Annual administration and progress report of the Indian Medical Department, Bombay
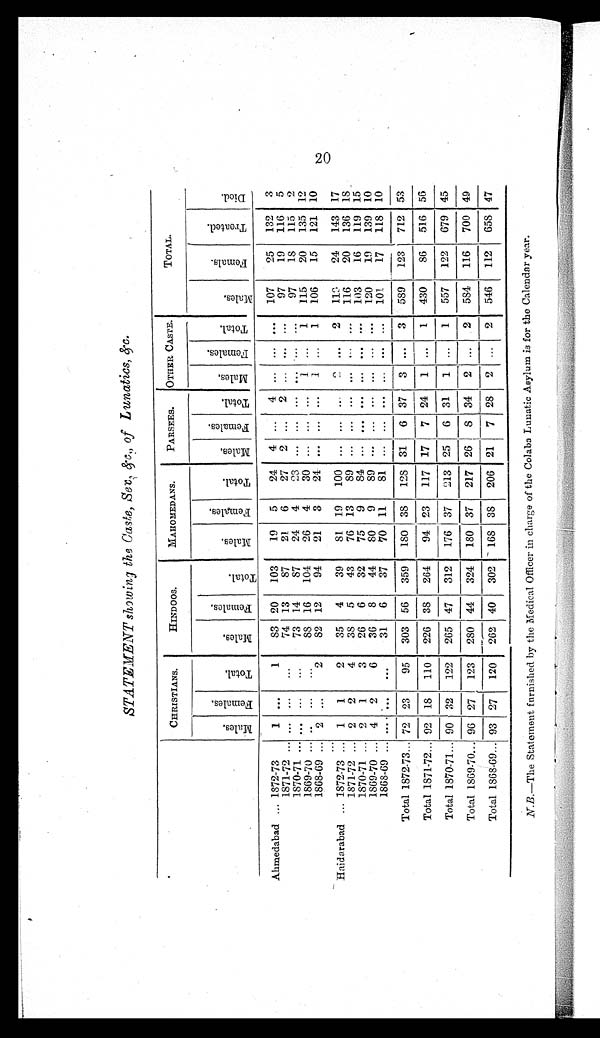
STATEMENT showing the Caste, Sex, &c., of Lunatics, &c.
CHRISTIANS.
HINDOOS.
MAHOMEDANS.
PARSEES.
OTHER CASTE.
TOTAL.
M a l e s .
F e m a l e s .
T o t a l .
M a l e s .
F e m a l e s .
T o t a l .
M a l e s .
F e m a l e s .
T o t a l .
M a l e s .
F e m a l e s .
T o t a l .
M a l e s .
F e m a l e s .
T o t a l .
M a l e s .
F e m a l e s .
T r e a t e d .
D i e d .
Ahmedabad ... 1872-73
1 ...
1
83 20
103
19
5
24
4 ...
4 ... ... ...
107
25
132
3
1871-72 ... ... ...
...
74 13
87
21
6
27
2 ...
2
. . . ... ...
97
19
116
5
1870-71 ... ... ...
...
73 14
87
24
4
23 ... ... ...
... ...
97
18
115
2
1869-70 ... ..
...
. . .
8 8 16
104
26
4
30 ... ... ...
1 ...
1
115
20
135 12
1868-69 ... 2 ...
2
82 12
94
21
3
24 ... ... ...
1 ...
1
106
15
121 10
. . .
Haidarabad ... 1872-73 ... 1
1
2
35
4
39
81 19
100 ... ... ...
2 ...
2
119
24
143 17
1871-72 ... 2
2
4
38 5
43
76 13
89 ... ... ... ...
. . . ...
116
20
136 18
1870-71 ... 2
1
3
26
6
32
75
9
84 ... ... ... ... ... ...
103
16
119 15
1869-70 ... 4
2
6
36
8
44
8 0 9
89 ... ... ... ... ... ...
120
19
139 10
1868-69 ...
. . . ...
...
31
6
37
70 11
81 ... ... ... ... ... ...
101
17
118 10
Total 1872-73 . . . 72 23
95
303 56
359
180 38
128 31
6 37
3 ...
3
589
123
712 53
Total 1871-72 . . . 92 18
110
226 38
264
94 23
117 17
7 24
1 ...
1
430
86
516 56
Total 1870-71 . . . 90 32
122
265 47
312
176 37
213 25
6 31
1 ...
1
557
122
679 45
Total 1869-70 . . . 96 27
123
280 44
324
180 37
217 26
8 34
2 ...
2
584
116
700 49
Total 1868-69 . . . 93 27
120
262 40
302
168 38
206 21
7 28
2 ...
2
546
112
658 47
N.B. —The Statement furnished by the Medical Officer in charge of the Colaba Lunatic Asylum is for the Calendar year.
20